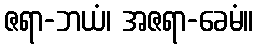
ဇရာ-ဘယံ၊ အဇရာ-ခေမံ။